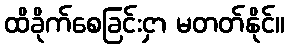
ထိခိုက်စေခြင်းငှာ မတတ်နိုင်။